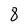
Character: 8